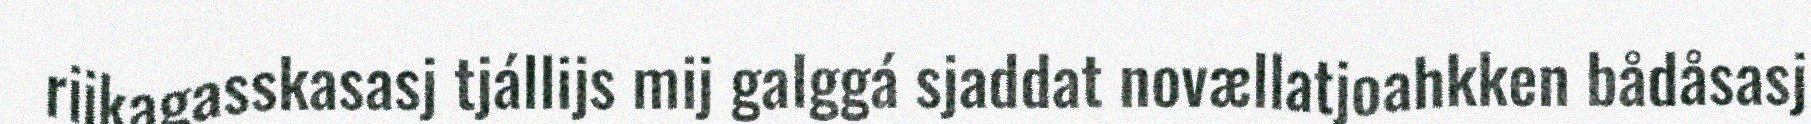
rijkagasskasasj tjállijs mij galggá sjaddat novællatjoahkken bådåsasj